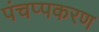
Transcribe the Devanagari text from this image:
पंचप्पकरण